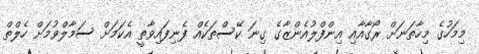
މިމަހުގެ މިހާތަނަށް ރޯގާއާއި އިންފްލުއެންޒާގެ ގިނަ ކޭސްތަކެއް ފެނިފައިވާތީ އެކަމަށް ސަމާލްވުމަށް ހެލްތް